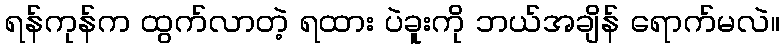
ရန်ကုန်က ထွက်လာတဲ့ ရထား ပဲခူးကို ဘယ်အချိန် ရောက်မလဲ။